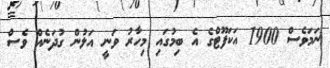
ނަމަވެސް 1900 އަކަފޫޓްގެ އެ ބިމުގައި މިހާރު ވަނީ އަލުން ގުދަނެއް ވެސް